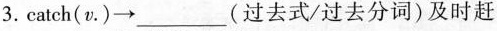
catch（v\cdot )\to ___(过去式/过去分词)及时赶